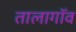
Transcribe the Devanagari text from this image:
तालागॉव